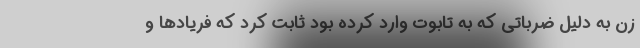
زن به دلیل ضرباتی که به تابوت وارد کرده بود ثابت کرد که فریادها و